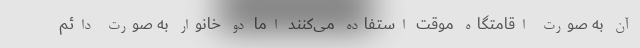
آن به صورت اقامتگاه موقت استفاده می‌کنند اما دو خانوار به صورت دائم